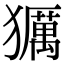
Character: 𤢵